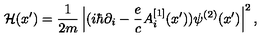
{ \cal H } ( x { ' } ) = { \frac { 1 } { 2 m } } \left| ( i \hbar \partial _ { i } - { \frac { e } { c } } A _ { i } ^ { [ 1 ] } ( x { ' } ) ) \psi ^ { ( 2 ) } ( x { ' } ) \right| ^ { 2 } ,